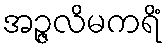
အဉ္ဇလိမကရိံ